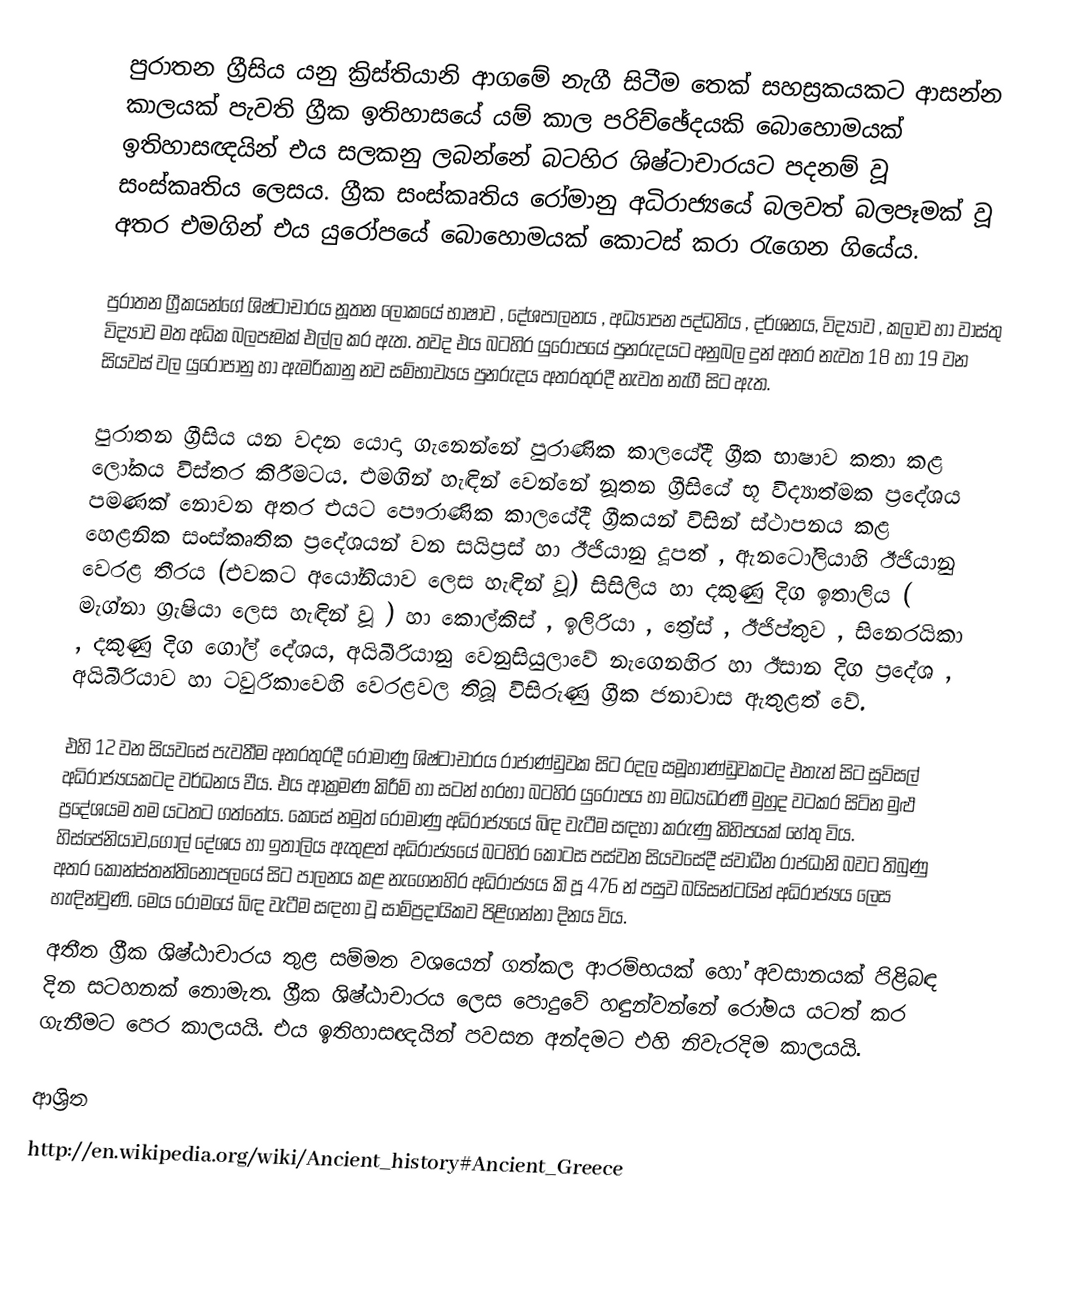
පුරාතන ග්‍රීසිය යනු ක්‍රිස්තියානි ආගමේ නැගී සිටීම තෙක් සහස්‍රකයකට ආසන්න කාලයක් පැවති ග්‍රීක ඉතිහාසයේ යම් කාල පරිච්ඡේදයකි බොහොමයක් ඉතිහාසඥයින් එය සලකනු ලබන්නේ බටහිර ශිෂ්ටාචාරයට පදනම් වූ සංස්කෘතිය ලෙසය. ග්‍රීක සංස්කෘතිය රෝමානු අධිරාජ්‍යයේ බලවත් බලපෑමක් වූ  අතර එමගින් එය යුරෝපයේ බොහොමයක් කොටස් කරා රැගෙන ගියේය.

පුරාතන ග්‍රීකයන්ගේ ශිෂ්ටාචාරය නූතන ලෝකයේ භාෂාව , දේශපාලනය , අධ්‍යාපන පද්ධතිය , දර්ශනය, විද්‍යාව , කලාව හා වාස්තු විද්‍යාව මත අධික බලපෑමක් එල්ල කර ඇත. තවද එය බටහිර යුරෝපයේ පුනරුදයට අනුබල දුන් අතර නැවත 18 හා 19 වන සියවස් වල යුරෝපානු හා ඇමරිකානු නව සම්භාව්‍යය පුනරුදය අතරතුරදී නැවත නැගී සිට ඇත.

පුරාතන ග්‍රීසිය යන වදන යොදා ගැනෙන්නේ පුරාණික කාලයේදී ග්‍රීක භාෂාව කතා කළ ලෝකය විස්තර කිරීමටය. එමගින් හැඳින් වෙන්නේ නූතන ග්‍රීසියේ භූ විද්‍යාත්මක ප්‍රදේශය පමණක් නොවන අතර එයට පෞරාණික කාලයේදී ග්‍රීකයන් විසින් ස්ථාපනය කළ හෙළනික සංස්කෘතික ප්‍රදේශයන් වන සයිප්‍රස් හා ඊජියානු දූපත් , ඇනටෝලියාහි ඊජියානු වෙරළ තීරය (එවකට අයෝනියාව ලෙස හැඳින් වූ) සිසිලිය හා දකුණු දිග ඉතාලිය ( මැග්නා ග්‍රැෂියා ලෙස හැඳින් වූ ) හා කොල්කිස් , ඉලිරියා , ත්‍රේස් , ඊජිප්තුව , සිනෙරයිකා , දකුණු දිග ගෝල් දේශය, අයිබීරියානු වෙනුසියුලාවේ නැගෙනහිර හා ඊසාන දිග ප්‍රදේශ , අයිබීරියාව හා ටවුරිකාවෙහි වෙරළවල තිබූ විසිරුණු ග්‍රීක ජනාවාස ඇතුළත් වේ.

එහි 12 වන සියවසේ පැවතීම අතරතුරදී රෝමාණු ශිෂ්ටාචාරය රාජාණ්ඩුවක සිට රදල සමූහාණ්ඩුවකටද එතැන් සිට සුවිසල් අධිරාජ්‍යයකටද වර්ධනය වීය. එය ආක්‍රමණ කිරීම් හා සටන් හරහා බටහිර යුරෝපය හා මධ්‍යධරණී මුහුද වටකර සිටින මුළු ප්‍රදේශයම තම යටතට ගත්තේය. කෙසේ නමුත් රෝමාණු අධිරාජ්‍යයේ බිඳ වැටීම සඳහා කරුණු කිහිපයක් හේතු විය. හිස්පේනියාව,ගෝල් දේශය හා ඉතාලිය ඇතුළත් අධිරාජ්‍යයේ බ‍ටහිර කොටස පස්වන සියවසේදී ස්වාධීන රාජධානි බවට තිබුණු අතර කොන්ස්තන්තිනෝපලයේ සිට පාලනය කළ නැගෙනහිර අධිරාජ්‍යය කි පූ 476 න් පසුව බයිසන්ටයින් අධිරාජ්‍යය ලෙස හැඳින්වුණි. මෙය රෝමයේ බිඳ වැටීම සඳහා වූ සාම්ප්‍රදායිකව පිළිගන්නා දිනය විය.
අතීත ග්‍රීක ශිෂ්ඨාචාරය තුළ සම්මත වශයෙන් ගත්කල ආරම්භයක් හෝ අවසානයක් පිළිබඳ දින සටහනක් නොමැත. ග්‍රීක ශිෂ්ඨාචාරය ලෙස පොදුවේ හඳුන්වන්නේ රෝමය යටත් කර ගැනීමට පෙර කාලයයි. එය ඉතිහාසඥයින් පවසන අන්දමට එහි නිවැරදිම කාලයයි.

ආශ්‍රිත
http://en.wikipedia.org/wiki/Ancient_history#Ancient_Greece